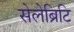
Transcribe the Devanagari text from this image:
सेलेब्रिटि